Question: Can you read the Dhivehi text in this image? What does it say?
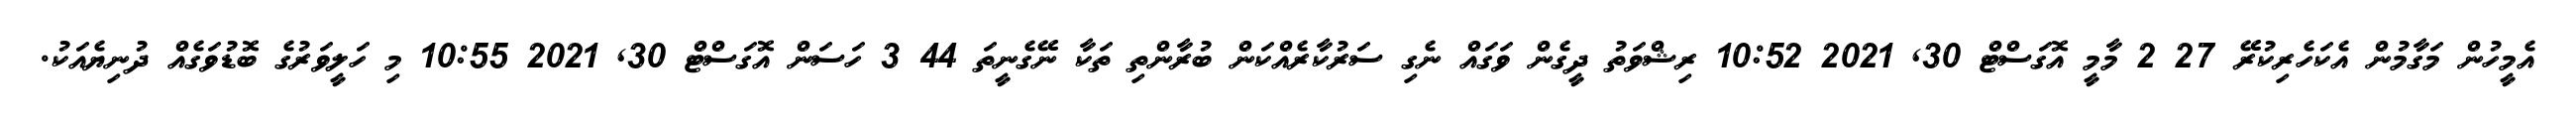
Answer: އެމީހުން މަގާމުން އެކަހެރިކުރޭ 27 2 މާމީ އޮގަސްޓް 30, 2021 10:52 ރިޝްވަތު ދީގެން ވަގައް ނެގި ސަރުކާރެއްކަން ބުރާންތި ތަކާ ނޭގެނީތަ 44 3 ހަސަން އޮގަސްޓް 30, 2021 10:55 މި ހަލީވަރުގެ ބޮޑުވަގެއް ދުނިޔެއަކު.